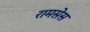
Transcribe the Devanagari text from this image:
रामसेस